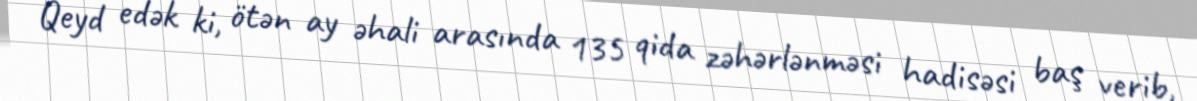
Qeyd edək ki, ötən ay əhali arasında 135 qida zəhərlənməsi hadisəsi baş verib,